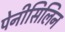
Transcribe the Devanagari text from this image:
पेनीसिलिन